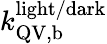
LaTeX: k_{\mathrm{QV,b}}^{\mathrm{light/dark}}